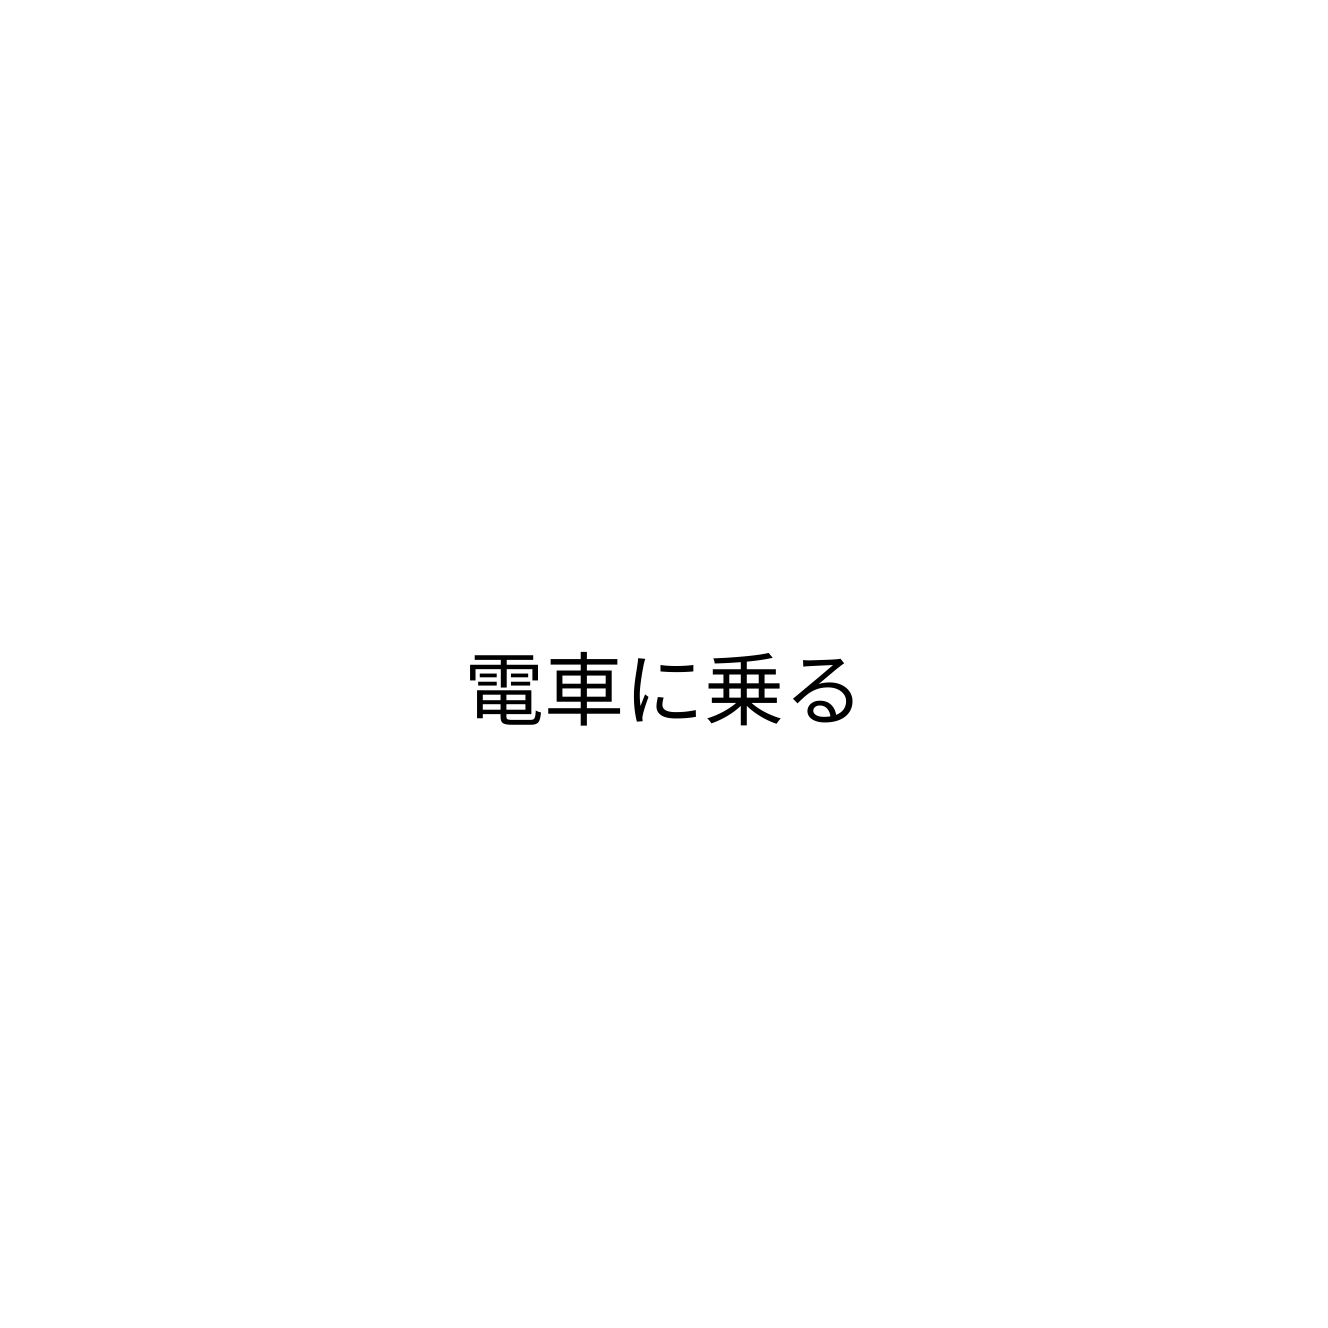
電車に乗る